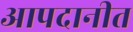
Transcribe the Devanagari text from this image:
आपदानीत